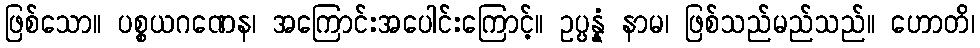
ဖြစ်သော။ ပစ္စယဂဏေန၊ အကြောင်းအပေါင်းကြောင့်။ ဥပ္ပန္နံ နာမ၊ ဖြစ်သည်မည်သည်။ ဟောတိ၊